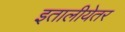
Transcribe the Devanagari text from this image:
इतालीयेतर